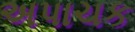
અપાચક